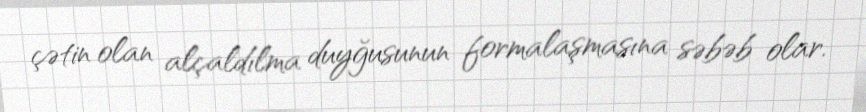
çətin olan alçaldılma duyğusunun formalaşmasına səbəb olar.